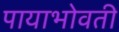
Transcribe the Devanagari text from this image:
पायाभोवती